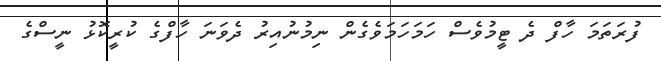
ފުރަތަމަ ހާފް ދެ ޓީމުވެސް ހަމަހަމަވެގެން ނިމުނުއިރު ދެވަނަ ހާފްގެ ކުރީކޮޅު ނީސްގެ